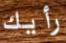
رأيك